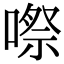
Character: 㗫